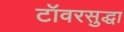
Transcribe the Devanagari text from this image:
टॉवरसुद्धा